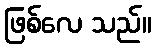
ဖြစ်လေ သည်။